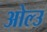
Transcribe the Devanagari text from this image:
ओल्‍उ